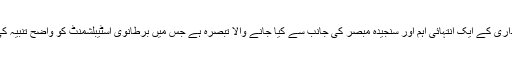
یہ سرمایہ داری کے ایک انتہائی اہم اور سنجیدہ مبصر کی جانب سے کیا جانے والا تبصرہ ہے جس میں برطانوی اسٹیبلشمنٹ کو واضح تنبیہ کی گئی ہے ۔